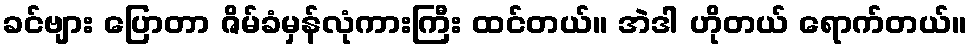
ခင်ဗျား ပြောတာ ဇိမ်ခံမှန်လုံကားကြီး ထင်တယ်။ အဲဒါ ဟိုတယ် ရောက်တယ်။